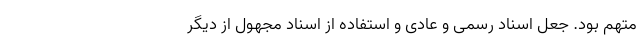
متهم بود. جعل اسناد رسمی و عادی و استفاده از اسناد مجهول از دیگر